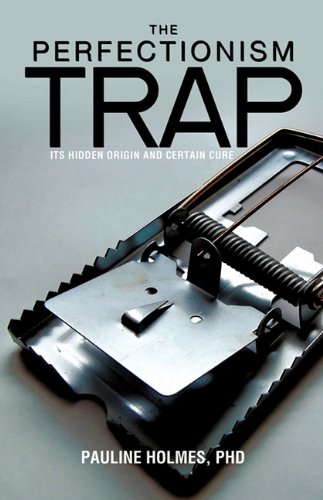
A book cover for The Perfectionism Trap; PhD Pauline Holmes; Religion & Spirituality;